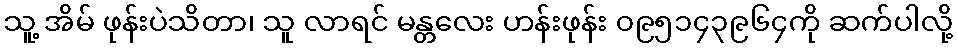
သူ့ အိမ် ဖုန်းပဲသိတာ၊ သူ လာရင် မန္တလေး ဟန်းဖုန်း ၀၉၅၁၄၃၉၆၄ကို ဆက်ပါလို့